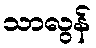
သာလွန်